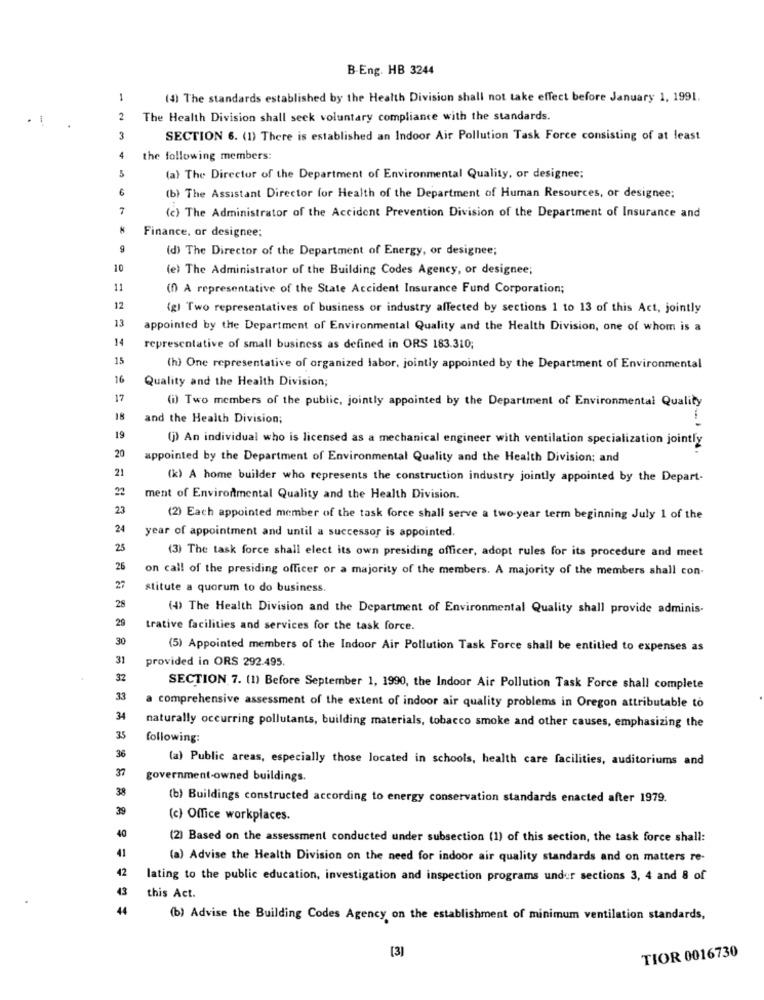
B-Eng. HB 3244
1
(4) The standards established by the Health Division shall not take effect before January 1, 1991.
2
The Health Division shall seek voluntary compliance with the standards.
3
SECTION 6. (1) There is established an Indoor Air Pollution Task Force consisting of at least
4
the following members:
5
(a) The Director of the Department of Environmental Quality, or designee;
(b) The Assistant Director for Health of the Department of Human Resources, or designee;
7
(c) The Administrator of the Accident Prevention Division of the Department of Insurance and
Finance, or designee;
9
(d) The Director of the Department of Energy, or designee;
10
(e) The Administrator of the Building Codes Agency, or designee;
11
(0) A representative of the State Accident Insurance Fund Corporation;
12
(g) Two representatives of business or industry affected by sections 1 to 13 of this Act, jointly
13
appointed by the Department of Environmental Quality and the Health Division, one of whom is a
14
representative of small business as defined in ORS 183.310;
15
(h) One representative of organized labor, jointly appointed by the Department of Environmental
16
Quality and the Health Division;
17
(i) Two members of the public, jointly appointed by the Department of Environmental Quality
18
and the Health Division;
19
(j) An individual who is licensed as a mechanical engineer with ventilation specialization jointly
20
appointed by the Department of Environmental Quality and the Health Division; and
21
(k) A home builder who represents the construction industry jointly appointed by the Depart-
22
ment of Environmental Quality and the Health Division.
23
(2) Each appointed member of the task force shall serve a two-year term beginning July 1 of the
24
year of appointment and until a successor is appointed.
25
(3) The task force shall elect its own presiding officer, adopt rules for its procedure and meet
26
on call of the presiding officer or a majority of the members. A majority of the members shall con-
27
stitute a quorum to do business.
28
(4) The Health Division and the Department of Environmental Quality shall provide adminis-
29
trative facilities and services for the task force.
30
(5) Appointed members of the Indoor Air Pollution Task Force shall be entitled to expenses as
31
provided in ORS 292.495.
32
SECTION 7. (1) Before September 1, 1990, the Indoor Air Pollution Task Force shall complete
33
a comprehensive assessment of the extent of indoor air quality problems in Oregon attributable to
34
naturally occurring pollutants, building materials, tobacco smoke and other causes, emphasizing the
35
following:
36
(a) Public areas, especially those located in schools, health care facilities, auditoriums and
37
government-owned buildings.
38
(b) Buildings constructed according to energy conservation standards enacted after 1979.
39
(c) Office workplaces.
40
(2) Based on the assessment conducted under subsection (1) of this section, the task force shall:
41
(a) Advise the Health Division on the need for indoor air quality standards and on matters re-
42
lating to the public education, investigation and inspection programs under sections 3, 4 and 8 of
43
this Act.
(b) Advise the Building Codes Agency on the establishment of minimum ventilation standards,
[3]
TIOR 0016730